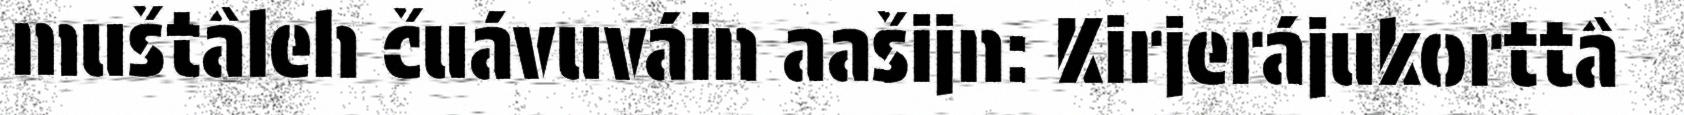
muštâleh čuávuváin aašijn: Kirjerájukorttâ